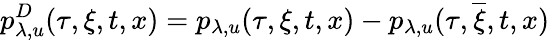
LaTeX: p_{\lambda,u}^{D}(\tau,\xi,t,x)=p_{\lambda,u}(\tau,\xi,t,x)-p_{\lambda,u}(\tau,\overline{{\xi}},t,x)